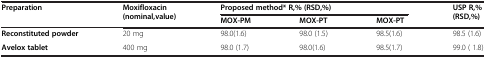
<table><thead><tr><td rowspan="2"><b>Preparation</b></td><td rowspan="2"><b>Moxifloxacin (nominal,value)</b></td><td colspan="3"><b>Proposed method* R,% (RSD,%)</b></td><td rowspan="2"><b>USP R,% (RSD,%)</b></td></tr><tr><td><b>MOX-PM</b></td><td><b>MOX-PT</b></td><td><b>MOX-PT</b></td></tr></thead><tbody><tr><td><b>Reconstituted powder</b></td><td>20 mg</td><td>98.0(1.6)</td><td>98.0 (1.5)</td><td>98.5(1.6)</td><td>98.5 (1.6)</td></tr><tr><td><b>Avelox tablet</b></td><td>400 mg</td><td>98.0 (1.7)</td><td>98.0(1.6)</td><td>98.5(1.7)</td><td>99.0 ( 1.8)</td></tr></tbody></table>